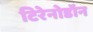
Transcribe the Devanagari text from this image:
टिरेनोडॉन